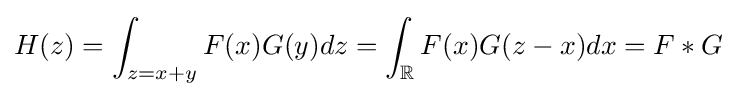
H(z)=\int _{z=x+y}F(x)G(y)dz=\int _{\mathbb {R} }F(x)G(z-x)dx=F*G